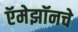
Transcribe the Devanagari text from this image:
ऍमेझॉनचे